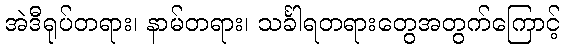
အဲဒီရုပ်တရား၊ နာမ်တရား၊ သင်္ခါရတရားတွေအတွက်ကြောင့်